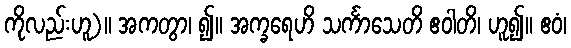
ကိုလည်းဟူ)။ အကတွာ၊ ၍။ အက္ခရေဟိ သင်္ကာသေတိ ဧဝါတိ၊ ဟူ၍။ ဧဝံ၊